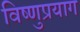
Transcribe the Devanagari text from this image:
विष्‍णुप्रयाग